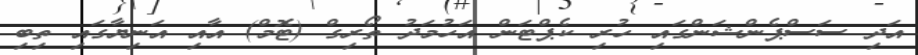
އަދި ސަސްޕެންޝަންގައި ހުރި ކެޕްޓަން އަހުމަދު ތޯރިގް (ޓޮމް) އާއި އަނިޔާގައި ތިބި